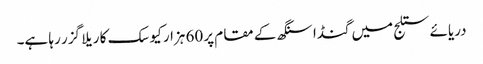
دریائے ستلج میں گنڈا سنگھ کے مقام پر 60 ہزار کیوسک کا ریلا گزر رہا ہے۔